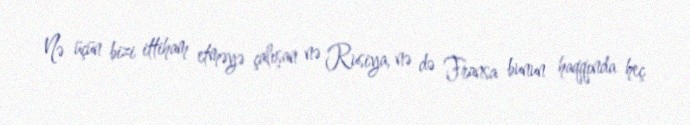
Nə üçün bizi ittiham etməyə çalışan nə Rusiya, nə də Fransa bunun haqqında heç